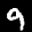
Label: 9